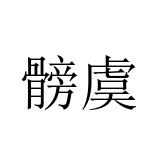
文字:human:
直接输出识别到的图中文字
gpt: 髈虞